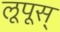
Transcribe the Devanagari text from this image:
लूपूस्